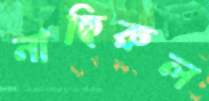
নাছিরুল